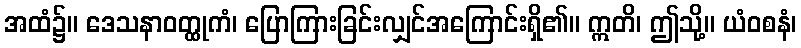
အထံ၌။ ဒေသနာဝတ္ထုကံ၊ ပြောကြားခြင်းလျှင်အကြောင်းရှိ၏။ ဣတိ၊ ဤသို့။ ယံဝစနံ၊